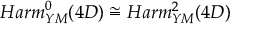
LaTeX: H a r m _ { Y M } ^ { 0 } ( 4 D ) \cong H a r m _ { Y M } ^ { 2 } ( 4 D )